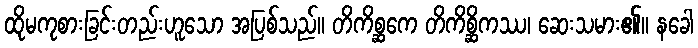
ထိုမကုစားခြင်းတည်းဟူသော အပြစ်သည်။ တိကိစ္ဆကေ တိကိစ္ဆိကဿ၊ ဆေးသမား၏။ နခေါ